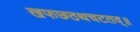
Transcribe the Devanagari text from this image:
खफछठथचटतव्॥